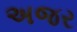
અજર